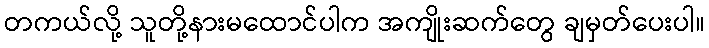
တကယ်လို့ သူတို့နားမထောင်ပါက အကျိုးဆက်တွေ ချမှတ်ပေးပါ။